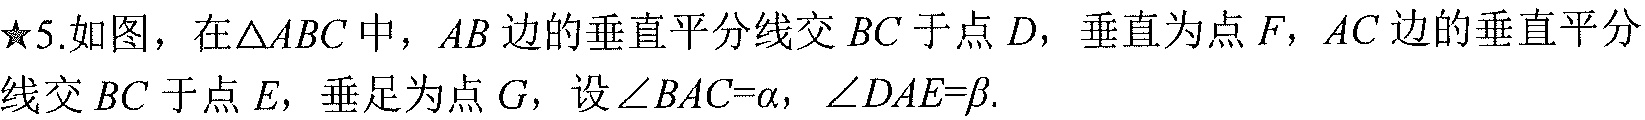
★5.如图，在\(\triangle ABC\)中，\(AB\)边的垂直平分线交 \(BC\) 于点 \(D\)，垂直为点 \(F\)，\(AC\) 边的垂直平分线交 \(BC\) 于点 \(E\)，垂足为点 \(G\)，设\(\angle BAC = \alpha\)，\(\angle DAE=\beta\).